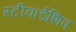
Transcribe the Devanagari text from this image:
स्टीवार्डशिप